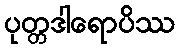
ပုတ္တဒါရောပိဿ